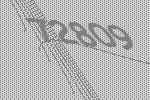
72809